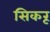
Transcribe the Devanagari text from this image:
सिकरू